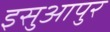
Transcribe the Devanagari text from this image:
इसुआपुर